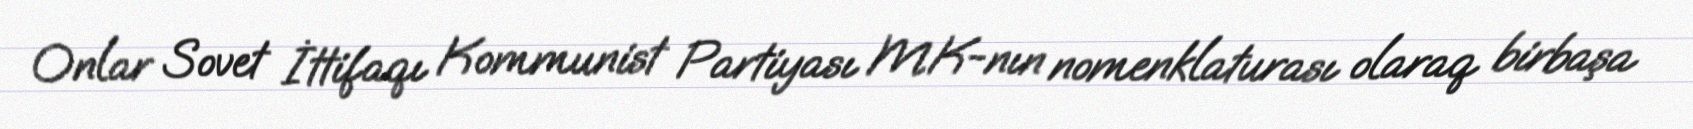
Onlar Sovet İttifaqı Kommunist Partiyası MK-nın nomenklaturası olaraq birbaşa